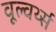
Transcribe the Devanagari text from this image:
वूल्वर्थ्स